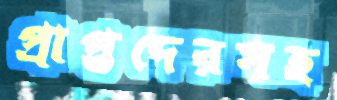
প্রাপ্তদেরসহ